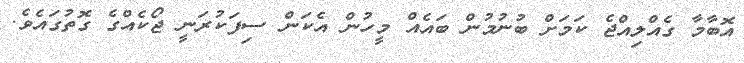
އޮބާމާ ގެއްލިއްޖެ ކަމަށް ބުނުމުން ބައެއް މީހުން އެކަން ސިފަކުރަނީ ޖޯކެއްގެ ގޮތުގައެވެ.